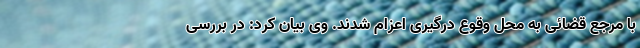
با مرجع قضائی به محل وقوع درگیری اعزام شدند. وی بیان کرد: در بررسی